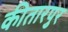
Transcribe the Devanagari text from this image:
कीतारपुर